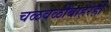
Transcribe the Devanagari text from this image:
चळवळींबाहेरही